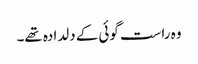
وہ راست گوئی کے دلدادہ تھے۔